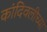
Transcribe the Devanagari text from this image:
कांदिवलीच्या